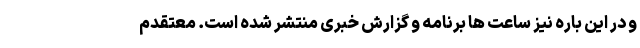
و در این باره نیز ساعت ها برنامه و گزارش خبری منتشر شده است. معتقدم